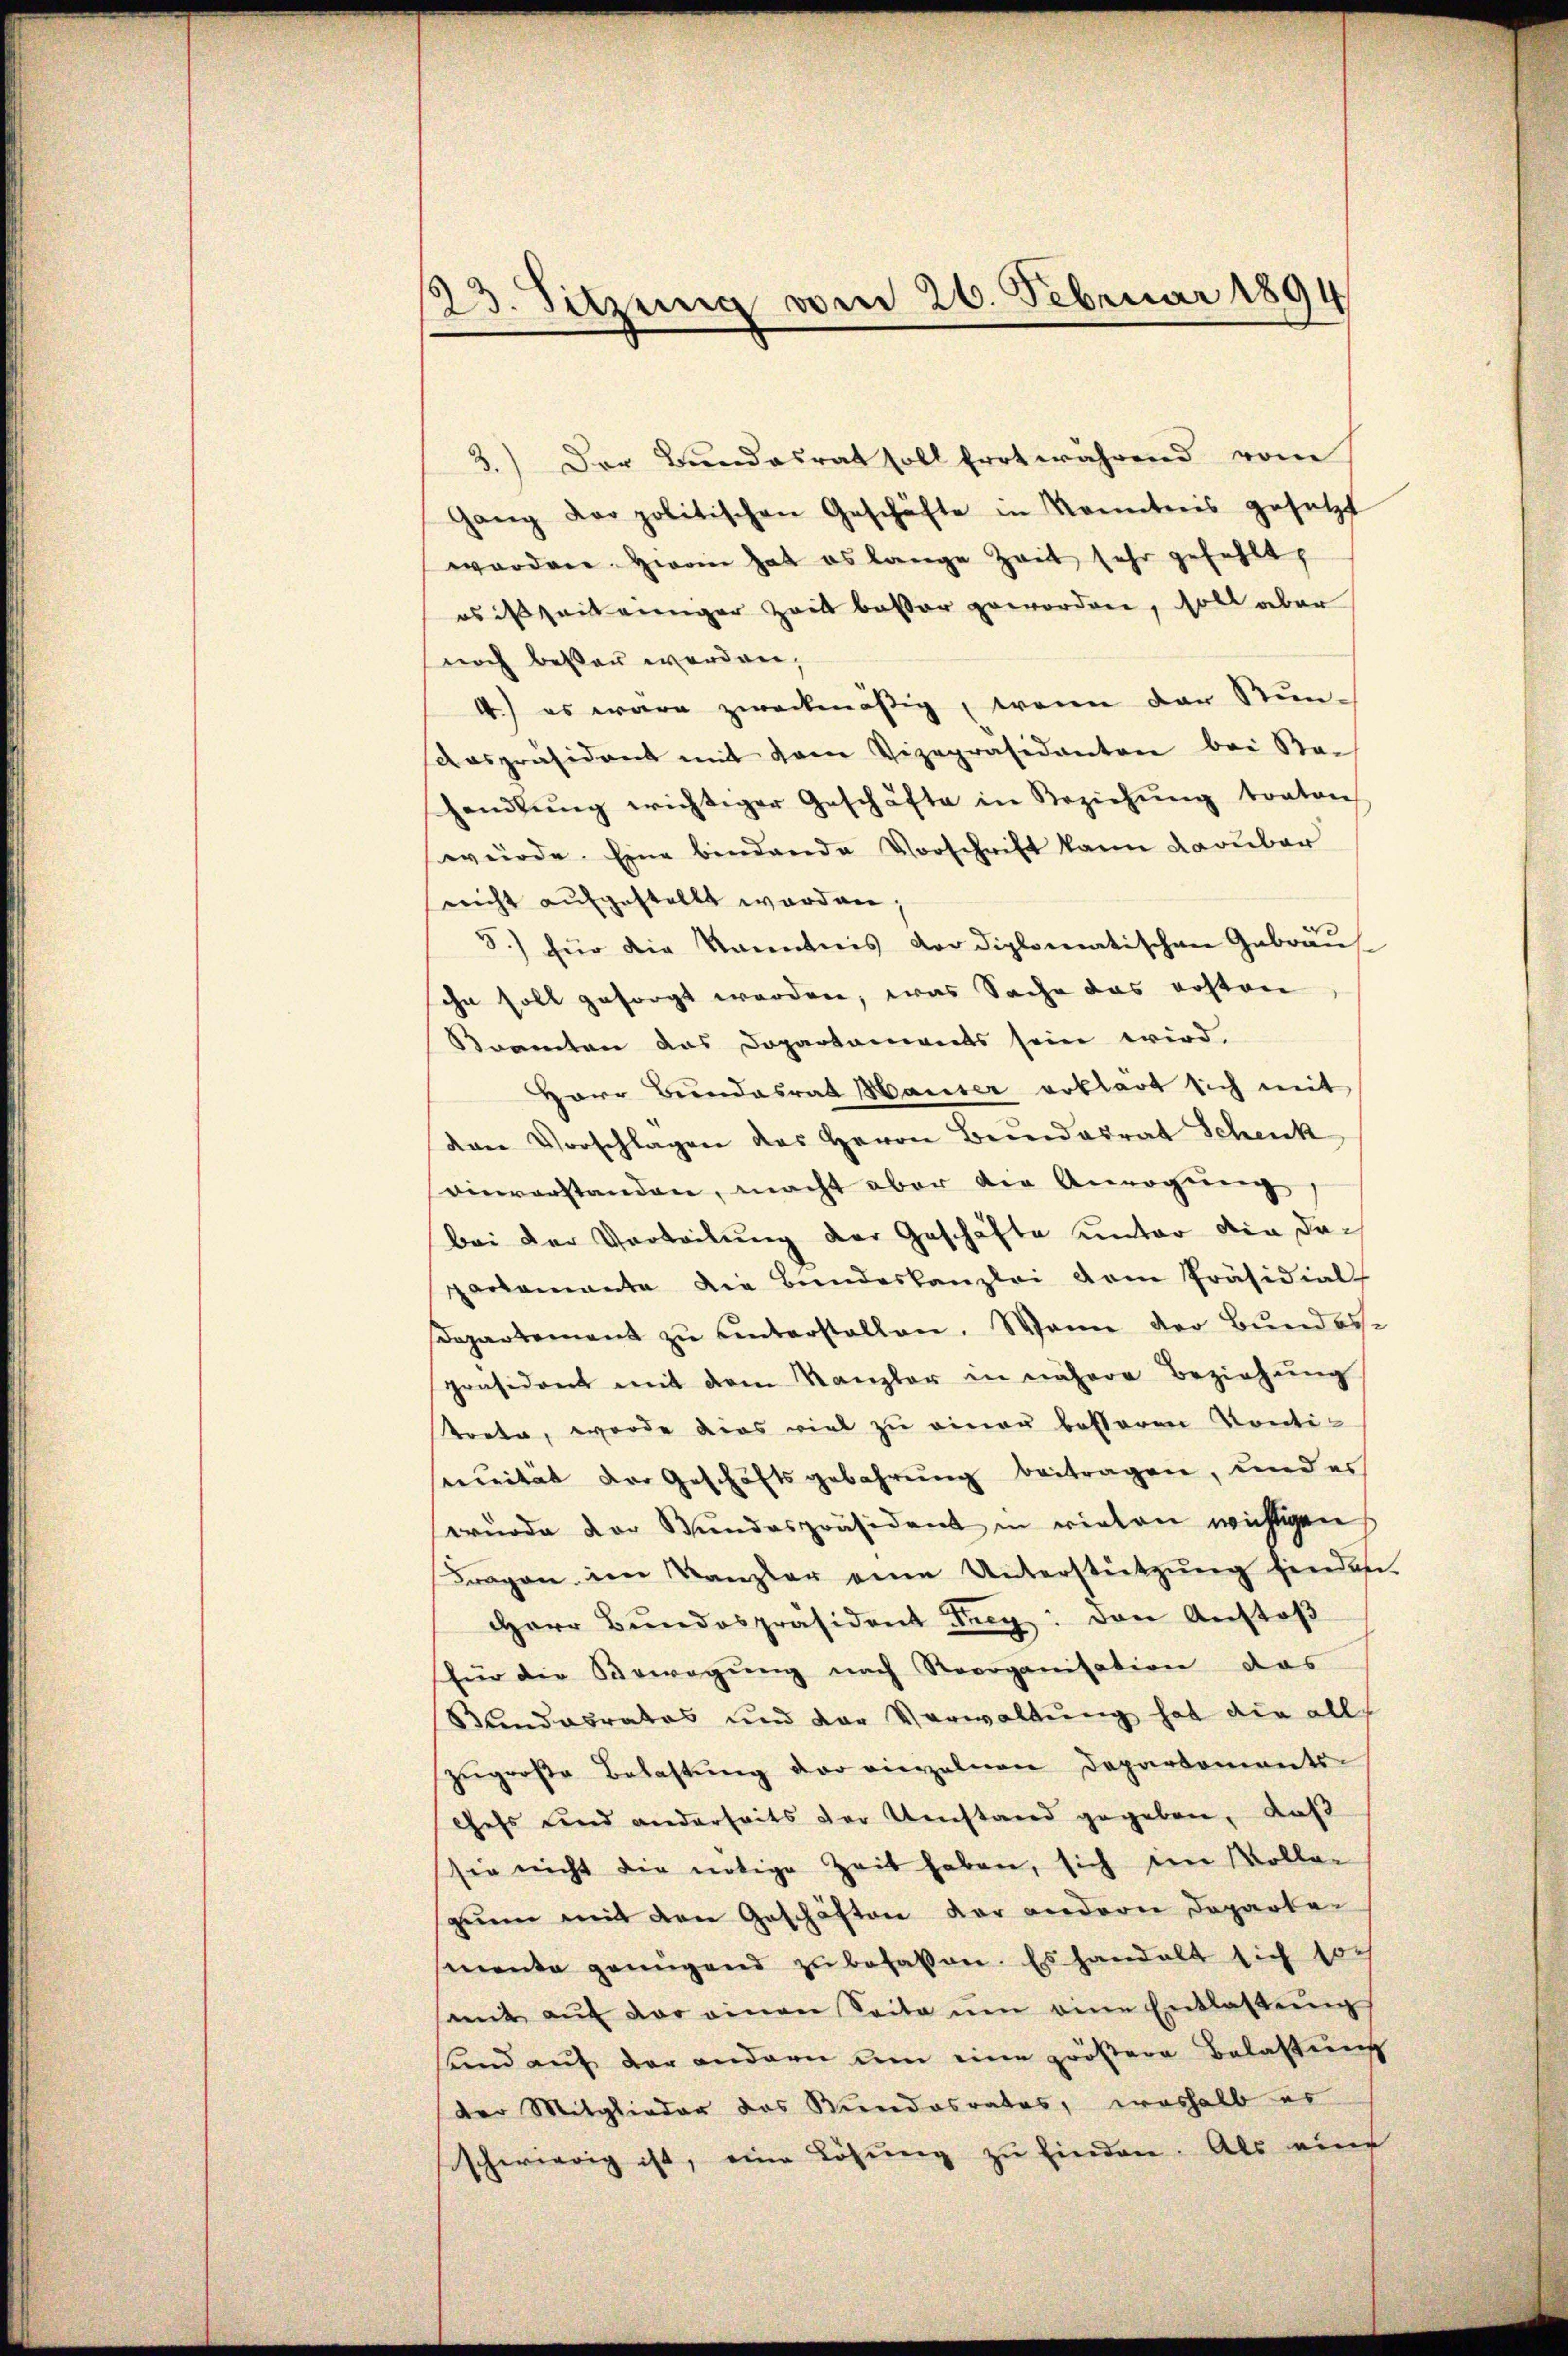
123. Sitzung vom 26. Februar 1894

3.) Der Bundesrat soll Errt während vom
Gang der politischen Geschäfte in Kenntnis gesetzt
worden. Herrn hat es lange Zeit sehr gefehlt,
os ist faiteiniger Zeit besser geworden, soll aber
noch besser werden,
4.) es wäre zweckmäßig, wenn der Run¬
Anspräsident mit derer Vizepräsidenten bei Sa-
handlŭng wichtiger Geschäfte in Beziehŭng konton
würde. Eine bindende Vorschrift kann darüber
nicht aufgestellt worden,
S.) für die Kenntnis der diplomatischen Gebräus
sohn soll gesorgt werden, was Sache das ersten
Kramten das Dopartements sein wird.
Herr Bundesrath Hauser erklärt sich mit
van Vorschlagen des Herrn Bereidadrat Schenk
vinvorstanden, macht aber die Anregung,
bei der Vertretung der Geschäfte unter die daparlamante die Bŭndeskanzlei dem Präsidial-
departement zu unterstellen. Wenn der Bundespräsident mit dem Kanzler in nähere Beziehung
tonte, worde dies viel zu einer besseren Kontisennität der Geschäftsgebahrung beitragen, und er
wurde der Bundespräsident in vielen wichtigens
Fragen im Kanzler eine Unterstützŭng finden.
Herr Bundespräsident Frey den Anstoß
für die Bewegung nach Reorganisation das
Bundesrates und der Verwaltung hat die all
zŭgroβe Belastŭng der einzelnen Departements-
Chefs und anderseits der Umstand gegeben, daß
sie nicht die nötige Zeit haben, sich im Kolla-
zumm mit den Geschäften der andern Departemente genügend zŭ befassen. Es handelt sich so
mit aŭf der einen Seite ŭm eine Entlassŭng
und auf der andern um eine größere Belastung
der Mitglieder das Kindesrates, weshalb er
schwierig ist, eine Lösung zu finden. Als eine